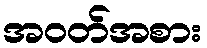
အဝတ်အစား